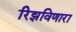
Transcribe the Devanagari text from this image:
रिझविणारा